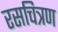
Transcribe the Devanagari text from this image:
रसचित्रण